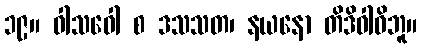
၁၉။ ဝါသဝေါ စ ဒသသတ၊ နယနော တိဒိဝါဓိဘူ။